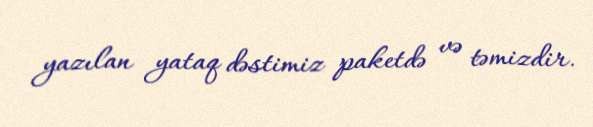
yazılan yataq dəstimiz paketdə və təmizdir.